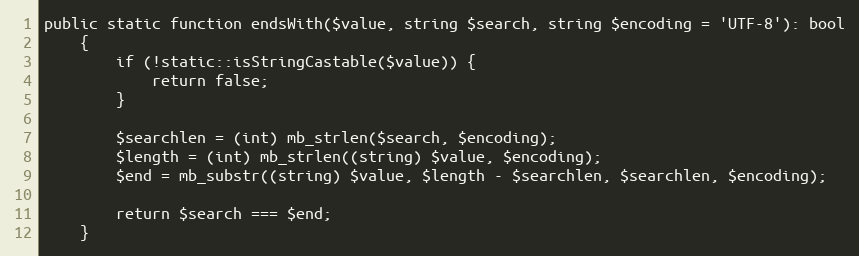
Language: PHP
public static function endsWith($value, string $search, string $encoding = 'UTF-8'): bool
    {
        if (!static::isStringCastable($value)) {
            return false;
        }

        $searchlen = (int) mb_strlen($search, $encoding);
        $length = (int) mb_strlen((string) $value, $encoding);
        $end = mb_substr((string) $value, $length - $searchlen, $searchlen, $encoding);

        return $search === $end;
    }